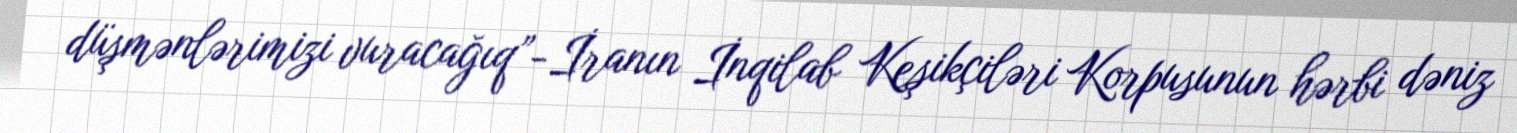
düşmənlərimizi vuracağıq”-İranın İnqilab Keşikçiləri Korpusunun hərbi dəniz